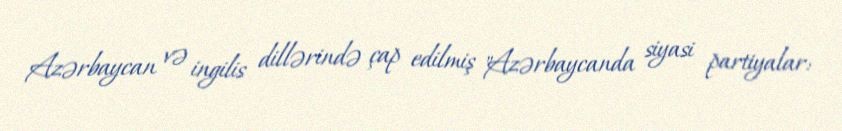
Azərbaycan və ingilis dillərində çap edilmiş "Azərbaycanda siyasi partiyalar: